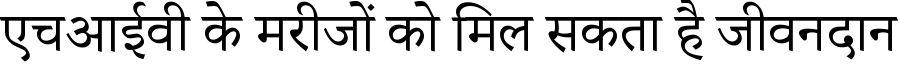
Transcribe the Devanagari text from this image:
एचआईवी के मरीजों को मिल सकता है जीवनदान